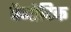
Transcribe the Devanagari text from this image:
वैनोदिक